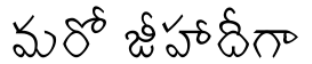
మరో జీహాదీగా